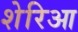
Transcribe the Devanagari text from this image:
शेरिआ